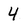
Character: 4